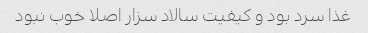
غذا سرد بود و کیفیت سالاد سزار اصلا خوب نبود